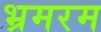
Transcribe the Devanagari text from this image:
भ्रमरम